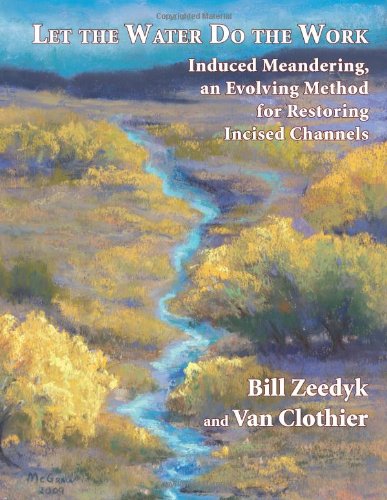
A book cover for Let the Water Do the Work: Induced Meandering, an Evolving Method for Restoring Incised Channels; Bill Zeedyk; Science & Math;